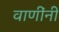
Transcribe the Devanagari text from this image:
वाणींनी